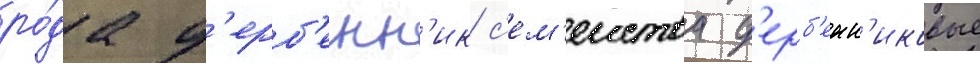
ро́да д'ерб'енн'ик с'ем'еиства д'ерб'енн'иковые